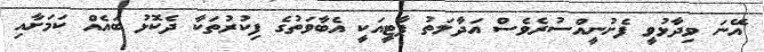
އޭނަ ވިދާޅުވީ ފެށުނީއްސުރެވެސް އަދާލަތު ޕާޓީއަކީ އެބާވަތުގެ ފިކުރުތަކާ ދެކޮޅު ބައެއް ކަމަށާއި